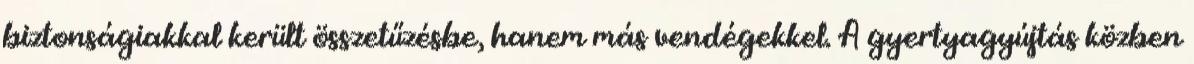
biztonságiakkal került összetűzésbe, hanem más vendégekkel. A gyertyagyújtás közben